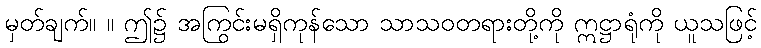
မှတ်ချက်။ ။ ဤ၌ အကြွင်းမရှိကုန်သော သာသဝတရားတို့ကို ဣဋ္ဌာရုံကို ယူသဖြင့်